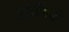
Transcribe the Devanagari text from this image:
लडंकियो